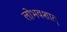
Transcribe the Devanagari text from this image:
लोभवशात्